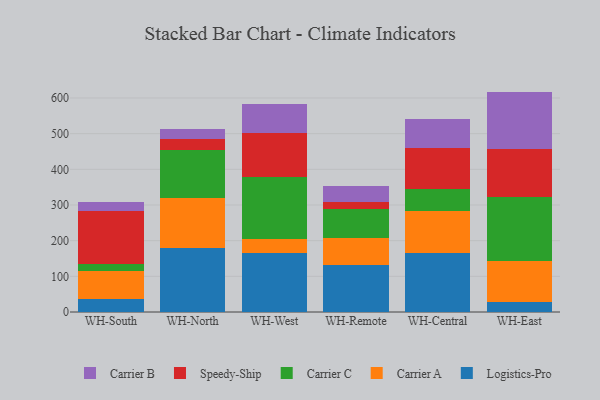
{"axis": {"x": "Warehouse", "y": "Satisfaction Score"}, "legend": ["Carrier A", "Carrier B", "Carrier C", "Logistics-Pro", "Speedy-Ship"], "data": [{"x": "WH-South", "y": 35.2, "type": "Logistics-Pro"}, {"x": "WH-South", "y": 78.7, "type": "Carrier A"}, {"x": "WH-South", "y": 19.6, "type": "Carrier C"}, {"x": "WH-South", "y": 149.2, "type": "Speedy-Ship"}, {"x": "WH-South", "y": 25.6, "type": "Carrier B"}, {"x": "WH-North", "y": 179.6, "type": "Logistics-Pro"}, {"x": "WH-North", "y": 140.7, "type": "Carrier A"}, {"x": "WH-North", "y": 133.7, "type": "Carrier C"}, {"x": "WH-North", "y": 30.6, "type": "Speedy-Ship"}, {"x": "WH-North", "y": 27.4, "type": "Carrier B"}, {"x": "WH-West", "y": 164.1, "type": "Logistics-Pro"}, {"x": "WH-West", "y": 39.8, "type": "Carrier A"}, {"x": "WH-West", "y": 174.0, "type": "Carrier C"}, {"x": "WH-West", "y": 123.4, "type": "Speedy-Ship"}, {"x": "WH-West", "y": 81.0, "type": "Carrier B"}, {"x": "WH-Remote", "y": 132.9, "type": "Logistics-Pro"}, {"x": "WH-Remote", "y": 75.6, "type": "Carrier A"}, {"x": "WH-Remote", "y": 79.1, "type": "Carrier C"}, {"x": "WH-Remote", "y": 20.3, "type": "Speedy-Ship"}, {"x": "WH-Remote", "y": 46.4, "type": "Carrier B"}, {"x": "WH-Central", "y": 166.5, "type": "Logistics-Pro"}, {"x": "WH-Central", "y": 116.4, "type": "Carrier A"}, {"x": "WH-Central", "y": 60.6, "type": "Carrier C"}, {"x": "WH-Central", "y": 117.6, "type": "Speedy-Ship"}, {"x": "WH-Central", "y": 78.6, "type": "Carrier B"}, {"x": "WH-East", "y": 27.0, "type": "Logistics-Pro"}, {"x": "WH-East", "y": 116.8, "type": "Carrier A"}, {"x": "WH-East", "y": 178.6, "type": "Carrier C"}, {"x": "WH-East", "y": 135.2, "type": "Speedy-Ship"}, {"x": "WH-East", "y": 160.3, "type": "Carrier B"}]}